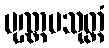
ပုဏ္ဏမသုတ္တံ